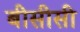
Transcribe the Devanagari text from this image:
बीसीसी